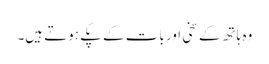
وہ ہاتھ کے سخی اور بات کے پکے ہوتے ہیں۔